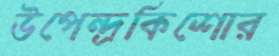
উপেন্দ্রকিশোর